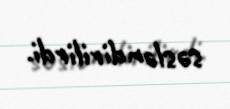
səsləndirilirdi.